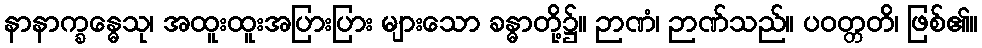
နာနာက္ခန္ဓေသု၊ အထူးထူးအပြားပြား များသော ခန္ဓာတို့၌။ ဉာဏံ၊ ဉာဏ်သည်။ ပဝတ္တတိ၊ ဖြစ်၏။